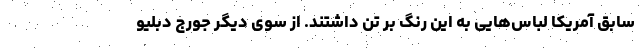
سابق آمریکا لباس‌هایی به این رنگ بر تن داشتند. از سوی دیگر جورج دبلیو